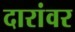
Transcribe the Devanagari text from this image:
दारांवर